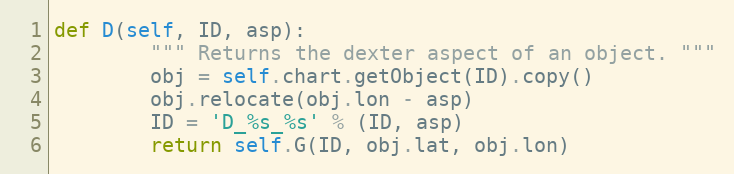
Language: Python
def D(self, ID, asp):
        """ Returns the dexter aspect of an object. """
        obj = self.chart.getObject(ID).copy()
        obj.relocate(obj.lon - asp)
        ID = 'D_%s_%s' % (ID, asp)
        return self.G(ID, obj.lat, obj.lon)